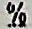
%